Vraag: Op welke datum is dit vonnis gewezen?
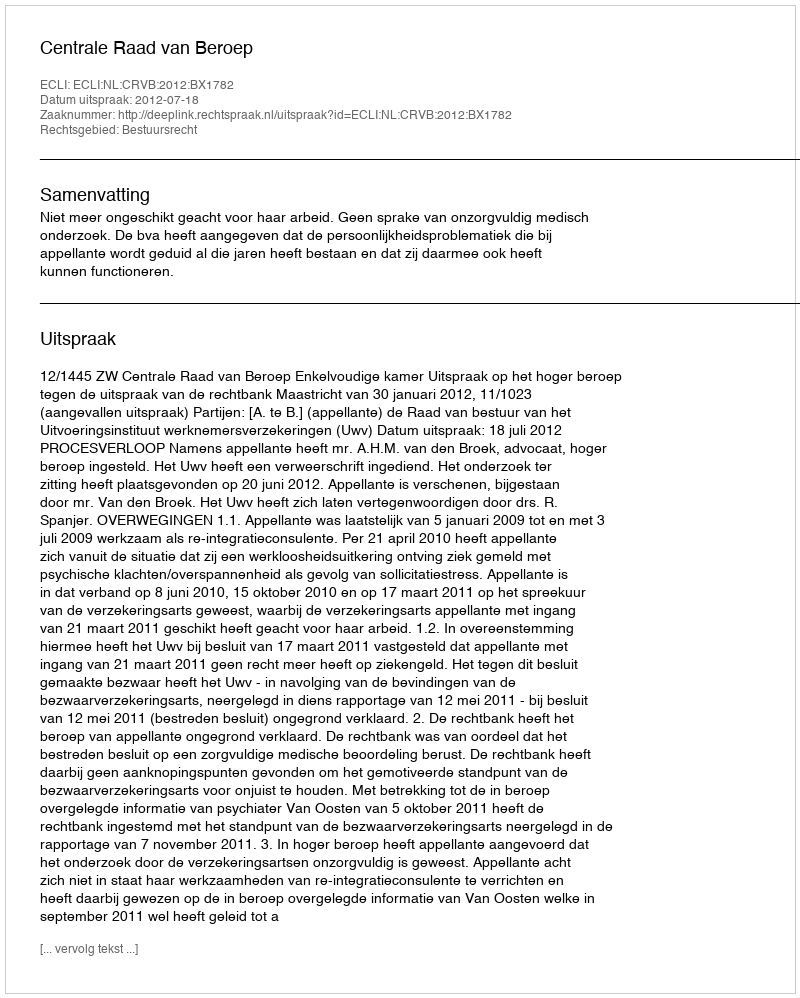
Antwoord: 2012-07-18